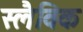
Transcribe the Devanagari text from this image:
स्लैविक